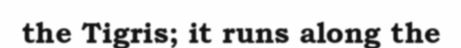
the Tigris; it runs along the